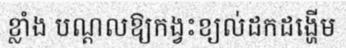
ខ្លាំង បណ្តលឱ្យកង្វះខ្យល់ដកដង្ហើម